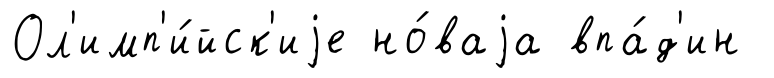
Ол'имп'и́йск'иjе но́ваjа впа́д'ин